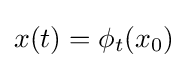
x(t)=\phi _{t}(x_{0})